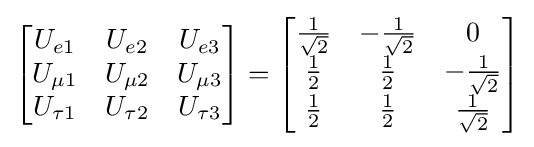
{\begin{bmatrix}U_{e1}&U_{e2}&U_{e3}\\U_{\mu 1}&U_{\mu 2}&U_{\mu 3}\\U_{\tau 1}&U_{\tau 2}&U_{\tau 3}\end{bmatrix}}={\begin{bmatrix}{\frac {1}{\sqrt {2}}}&-{\frac {1}{\sqrt {2}}}&0\\{\frac {1}{2}}&{\frac {1}{2}}&-{\frac {1}{\sqrt {2}}}\\{\frac {1}{2}}&{\frac {1}{2}}&{\frac {1}{\sqrt {2}}}\end{bmatrix}}